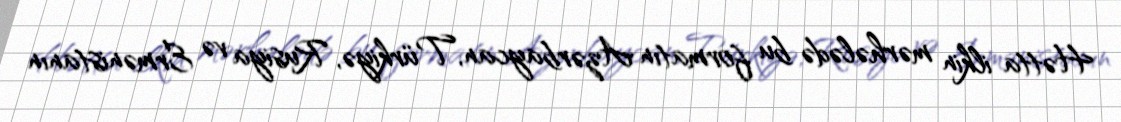
Hətta ilkin mərhələdə bu formatın Azərbaycan, Türkiyə, Rusiya və Ermənistanın